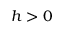
h > 0